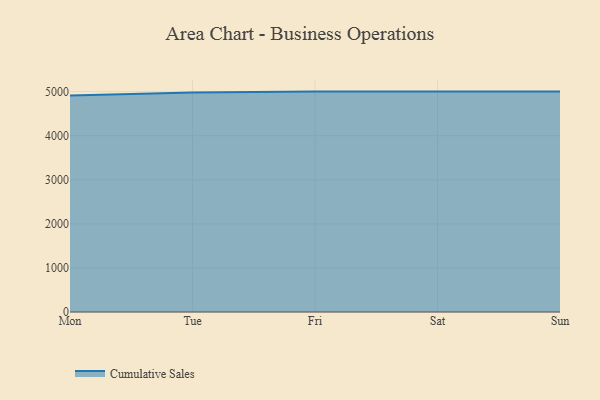
{"axis": {"x": "Day", "y": "Website Visitors"}, "legend": ["Cumulative Sales"], "data": [{"x": "Mon", "y": 4913.2, "type": "Cumulative Sales"}, {"x": "Tue", "y": 4979.7, "type": "Cumulative Sales"}, {"x": "Fri", "y": 5000, "type": "Cumulative Sales"}, {"x": "Sat", "y": 5000, "type": "Cumulative Sales"}, {"x": "Sun", "y": 5000, "type": "Cumulative Sales"}]}